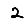
Digit: 2